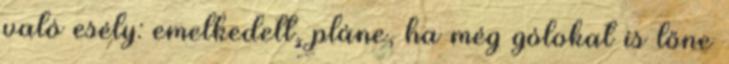
való esély: emelkedett, pláne, ha még gólokat is lőne